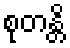
စုတန္တိ